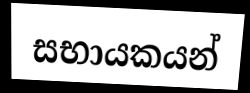
සභායකයන්